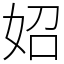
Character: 妱